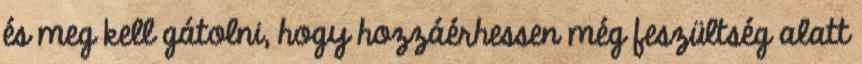
és meg kell gátolni, hogy hozzáérhessen még feszültség alatt